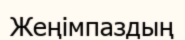
Жеңімпаздың